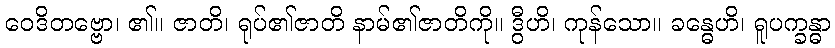
ဝေဒိတဗ္ဗော၊ ၏။ ဇာတိ၊ ရုပ်၏ဇာတိ နာမ်၏ဇာတိကို။ ဒွီဟိ၊ ကုန်သော။ ခန္ဓေဟိ၊ ရူပက္ခန္ဓာ